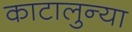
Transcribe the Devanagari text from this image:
काटालुन्या